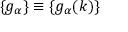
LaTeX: \{ g _ { \alpha } \} \equiv \{ g _ { \alpha } ( k ) \}